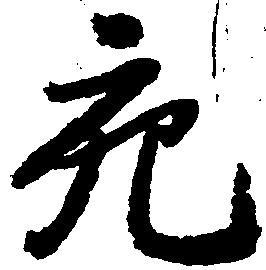
充